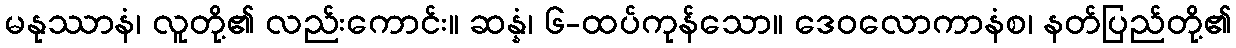
မနုဿာနံ၊ လူတို့၏ လည်းကောင်း။ ဆန္နံ၊ ၆-ထပ်ကုန်သော။ ဒေဝလောကာနံစ၊ နတ်ပြည်တို့၏